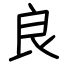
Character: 良